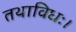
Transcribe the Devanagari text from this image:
तथाविधः।